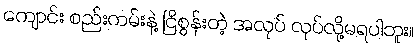
ကျောင်း စည်းကမ်းနဲ့ ငြိစွန်းတဲ့ အလုပ် လုပ်လို့မရပါဘူး။